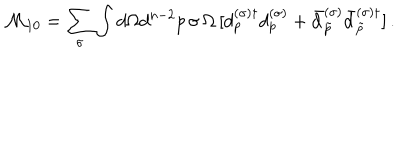
LaTeX: { \cal M } _ { 1 0 } = \sum _ { \sigma } \int d \Omega d ^ { n - 2 } p \, \sigma \, \Omega \, [ d _ { p } ^ { ( \sigma ) \dagger } d _ { p } ^ { ( \sigma ) } + \bar { d } _ { \tilde { p } } ^ { ( \sigma ) } \bar { d } _ { \tilde { p } } ^ { ( \sigma ) \dagger } ] \, { . }